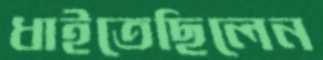
ধাইতেছিলেন